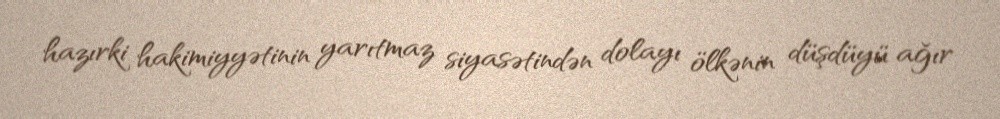
hazırki hakimiyyətinin yarıtmaz siyasətindən dolayı ölkənin düşdüyü ağır